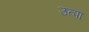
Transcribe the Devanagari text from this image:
उत्पा